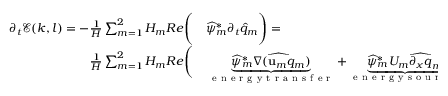
\begin{array} { r l } { \partial _ { t } \mathcal { E } ( k , l ) = - \frac { 1 } { H } \sum _ { m = 1 } ^ { 2 } H _ { m } R e \Bigg ( } & { { } \widehat { \psi } _ { m } ^ { * } \partial _ { t } \widehat { q } _ { m } \Bigg ) = } \\ { \frac { 1 } { H } \sum _ { m = 1 } ^ { 2 } H _ { m } R e \Bigg ( } & { { } \underbrace { \widehat { \psi } _ { m } ^ { * } \widehat { \nabla ( \mathbf { u } _ { m } q _ { m } } ) } _ { \mathrm { ~ e ~ n ~ e ~ r ~ g ~ y ~ t ~ r ~ a ~ n ~ s ~ f ~ e ~ r ~ } } + \underbrace { \widehat { \psi } _ { m } ^ { * } U _ { m } \widehat { \partial _ { x } q } _ { m } } _ { \mathrm { ~ e ~ n ~ e ~ r ~ g ~ y ~ s ~ o ~ u ~ r ~ c ~ e ~ } } + \underbrace { \widehat { \psi } _ { m } ^ { * } \delta _ { m , 2 } r _ { e k } \widehat { \nabla ^ { 2 } \psi } _ { m } } _ { \mathrm { ~ e ~ n ~ e ~ r ~ g ~ y ~ d ~ i ~ s ~ s ~ i ~ p ~ a ~ t ~ i ~ o ~ n ~ } } \Bigg ) . } \end{array}